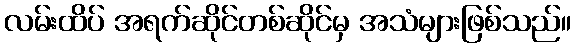
လမ်းထိပ် အရက်ဆိုင်တစ်ဆိုင်မှ အသံများဖြစ်သည်။